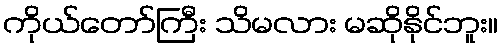
ကိုယ်တော်ကြီး သိမလား မဆိုနိုင်ဘူး။